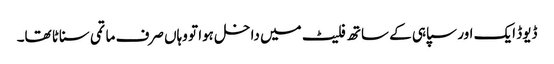
ڈیوڈ ایک اور سپاہی کے ساتھ فلیٹ میں داخل ہوا تو وہاں صرف ماتمی سناٹا تھا۔